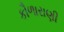
કૌળારાણી